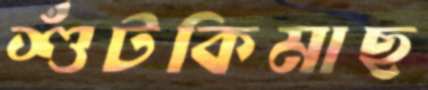
শুঁটকিমাছ